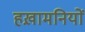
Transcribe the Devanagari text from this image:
हख़ामनियों